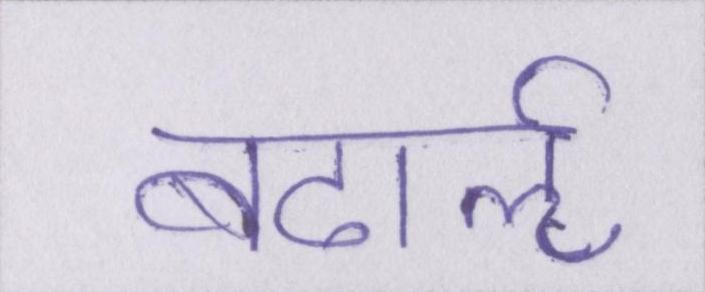
बढार्ऌ